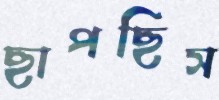
ছাপছিস